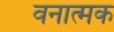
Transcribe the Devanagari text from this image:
वनात्मक